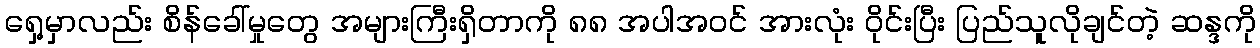
ရှေ့မှာလည်း စိန်ခေါ်မှုတွေ အများကြီးရှိတာကို ၈၈ အပါအဝင် အားလုံး ဝိုင်းပြီး ပြည်သူလိုချင်တဲ့ ဆန္ဒကို